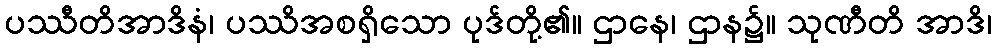
ပဿီတိအာဒိနံ၊ ပဿိအစရှိသော ပုဒ်တို့၏။ ဌာနေ၊ ဌာန၌။ သုဏီတိ အာဒိ၊